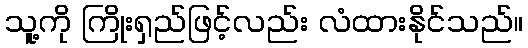
သူ့ကို ကြိုးရှည်ဖြင့်လည်း လံထားနိုင်သည်။